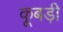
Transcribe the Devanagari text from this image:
कूबड़ी